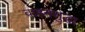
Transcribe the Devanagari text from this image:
वाहनसुद्धा